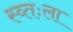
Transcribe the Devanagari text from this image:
स्व्तःला